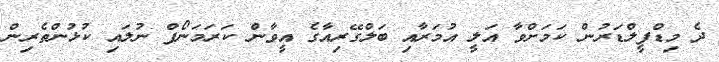
ދެ މިޑްފީލްޑަރުން ކަމަށްވާ އަލީ އުމަރާއި ބަލްގޭރިއާގެ އީވާން ކަރަމަނޯފް ނުލައި ކުޅުންތެރިން